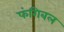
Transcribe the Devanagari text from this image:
फंगिबल